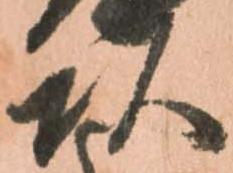
頭